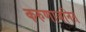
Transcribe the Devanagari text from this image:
करुणाजनित